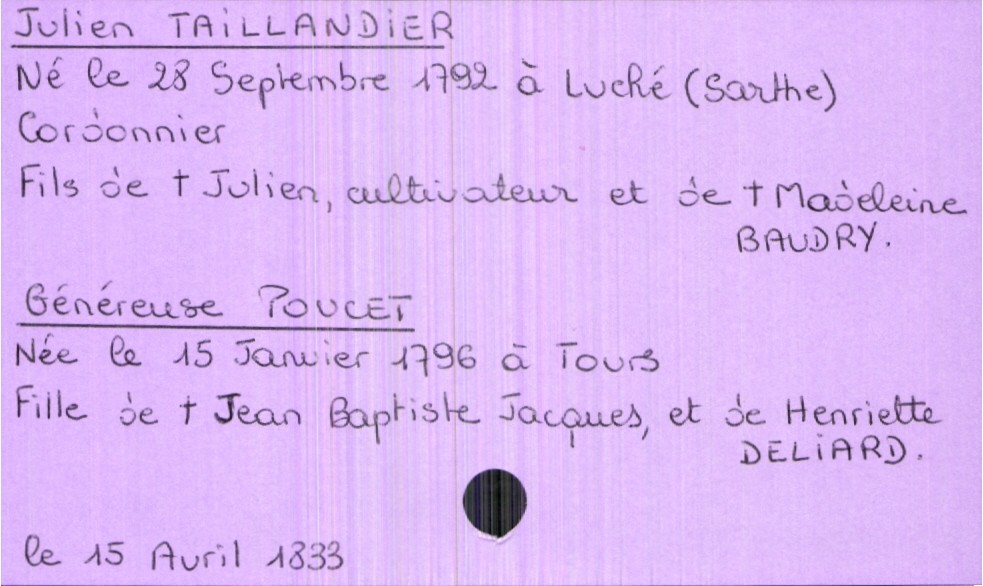
type_acte: Mariage
année: 1833
mois: avril
jour: 15
marié_nom: Taillandier
marié_prénom: Julien
marié_profession: cordonnier
marié_date_de_naissance: 28 septembre 1792
marié_lieu_de_naissance: Luché (Sarthe)
père_marié_nom: Taillandier
père_marié_prénom: Julien
père_marié_profession: cultivateur
père_marié_statut: décédé
mère_marié_nom: Baudry
mère_marié_prénom: Madeleine
mère_marié_statut: décédée
mariée_nom: Poucet
mariée_prénom: Généreuse
mariée_date_de_naissance: 15 janvier 1796
mariée_lieu_de_naissance: Tours
père_mariée_nom: Poucet
père_mariée_prénom: Jean Baptiste Jacques
père_mariée_statut: décédé
mère_mariée_nom: Deliard
mère_mariée_prénom: Henriette